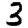
Digit: 3